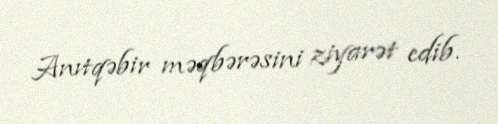
Anıtqəbir məqbərəsini ziyarət edib.